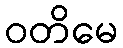
ဝတိမေ